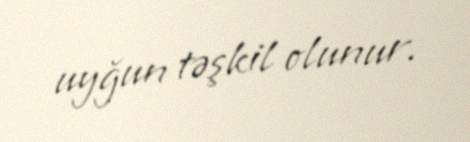
uyğun təşkil olunur.